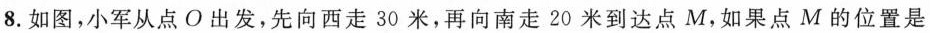
8.如图，小军从点O出发，先向西走30米，再向南走20米到达点M，如果点M的位置是